Plague in India, 1896, 1897 - Volume 2
Year: 1896
Disease focus: Plague
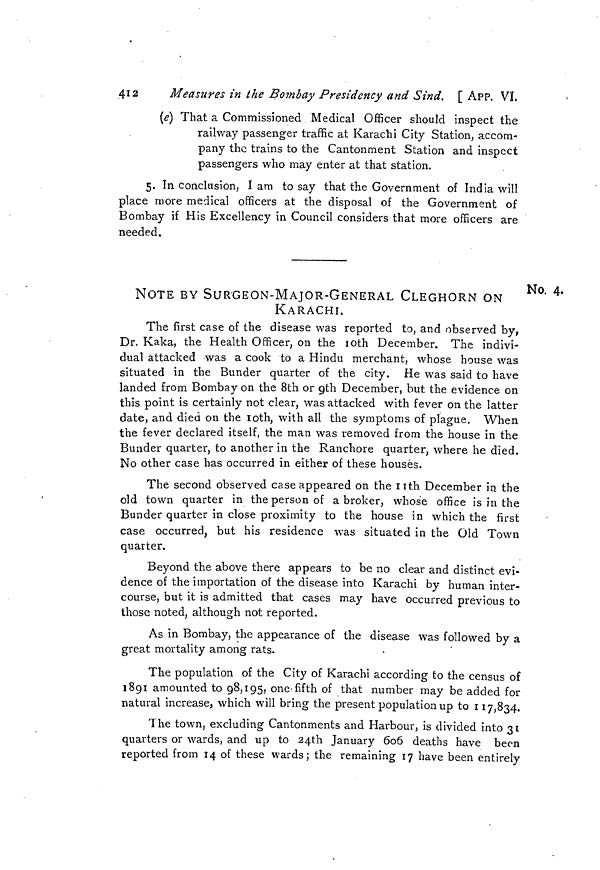
412
Measures in the Bombay Presidency and Sind, [ APP. VI.
(e) That a Commissioned Medical Officer should inspect the
railway passenger traffic at Karachi City Station, accom-
pany the trains to the Cantonment Station and inspect
passengers who may enter at that station.
5. In conclusion, I am to say that the Government of India will
place more medical officers at the disposal of the Government of
Bombay if His Excellency in Council considers that more officers are
needed.
No. 4.
NOTE BY SURGEON-MAJOR-GENERAL CLEGHORN ON
KARACHI.
The first case of the disease was reported to, and observed by,
Dr. Kaka, the Health Officer, on the 10th December. The indivi-
dual attacked was a cook to a Hindu merchant, whose house was
situated in the Bunder quarter of the city. He was said to have
landed from Bombay on the 8th or 9th December, but the evidence on
this point is certainly not clear, was attacked with fever on the latter
date, and died on the 10th, with all the symptoms of plague. When
the fever declared itself, the man was removed from the house in the
Bunder quarter, to another in the Ranchore quarter, where he died.
No other case has occurred in either of these houses.
The second observed case appeared on the nth December in the
old town quarter in the person of a broker, whose office is in the
Bunder quarter in close proximity to the house in which the first
case occurred, but his residence was situated in the Old Town
quarter.
Beyond the above there appears to be no clear and distinct evi-
dence of the importation of the disease into Karachi by human inter-
course, but it is admitted that cases may have occurred previous to
those noted, although not reported.
As in Bombay, the appearance of the disease was followed by a
great mortality among rats.
The population of the City of Karachi according to the census of
1891 amounted to 98,195, one-fifth of that number may be added for
natural increase, which will bring the present population up to 117,834.
The town, excluding Cantonments and Harbour, is divided into 31
quarters or wards, and up to 24th January 606 deaths have been
reported from 14 of these wards; the remaining 17 have been entirely